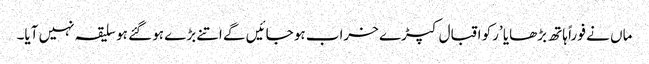
ماں نے فو راً ہاتھ بڑھایا ’رکو اقبال کپڑے خراب ہو جائیں گے اتنے بڑے ہو گئے ہو سلیقہ نہیں آیا۔